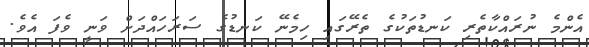
އެންމެ ނުރައްކާތެރި ކަނޑުތަކުގެ ތެރޭގައި ހިމެނޭ ކަނޑުގެ ސަރަހައްދަށް ވަނީ ވެފަ އެވެ.